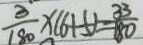
\frac { 3 } { 1 8 0 } \times ( 6 + 5 ) = \frac { 3 3 } { 1 8 0 }